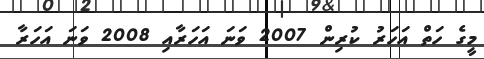
މީގެ ހަތް އަހަރު ކުރިން 2007 ވަނަ އަހަރާއި 2008 ވަނަ އަހަރާ